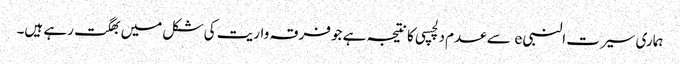
ہماری سیرت النبی e سے عدم دلچسپی کا نتیجہ ہے جو فرقہ واریت کی شکل میں بھگت رہے ہیں۔